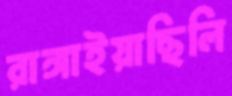
রাঙ্গাইয়াছিলি